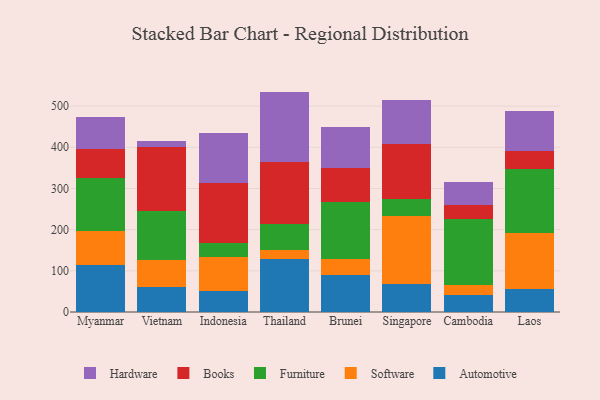
{"axis": {"x": "Country", "y": "Energy Usage (MWh)"}, "legend": ["Automotive", "Books", "Furniture", "Hardware", "Software"], "data": [{"x": "Myanmar", "y": 113.6, "type": "Automotive"}, {"x": "Myanmar", "y": 83.9, "type": "Software"}, {"x": "Myanmar", "y": 128.6, "type": "Furniture"}, {"x": "Myanmar", "y": 68.7, "type": "Books"}, {"x": "Myanmar", "y": 78.0, "type": "Hardware"}, {"x": "Vietnam", "y": 60.3, "type": "Automotive"}, {"x": "Vietnam", "y": 64.8, "type": "Software"}, {"x": "Vietnam", "y": 120.2, "type": "Furniture"}, {"x": "Vietnam", "y": 155.3, "type": "Books"}, {"x": "Vietnam", "y": 13.7, "type": "Hardware"}, {"x": "Indonesia", "y": 51.6, "type": "Automotive"}, {"x": "Indonesia", "y": 83.1, "type": "Software"}, {"x": "Indonesia", "y": 33.7, "type": "Furniture"}, {"x": "Indonesia", "y": 144.1, "type": "Books"}, {"x": "Indonesia", "y": 121.5, "type": "Hardware"}, {"x": "Thailand", "y": 129.0, "type": "Automotive"}, {"x": "Thailand", "y": 22.6, "type": "Software"}, {"x": "Thailand", "y": 61.1, "type": "Furniture"}, {"x": "Thailand", "y": 150.8, "type": "Books"}, {"x": "Thailand", "y": 171.7, "type": "Hardware"}, {"x": "Brunei", "y": 88.8, "type": "Automotive"}, {"x": "Brunei", "y": 40.5, "type": "Software"}, {"x": "Brunei", "y": 136.9, "type": "Furniture"}, {"x": "Brunei", "y": 84.3, "type": "Books"}, {"x": "Brunei", "y": 98.3, "type": "Hardware"}, {"x": "Singapore", "y": 68.7, "type": "Automotive"}, {"x": "Singapore", "y": 164.0, "type": "Software"}, {"x": "Singapore", "y": 41.4, "type": "Furniture"}, {"x": "Singapore", "y": 133.2, "type": "Books"}, {"x": "Singapore", "y": 106.4, "type": "Hardware"}, {"x": "Cambodia", "y": 41.3, "type": "Automotive"}, {"x": "Cambodia", "y": 24.3, "type": "Software"}, {"x": "Cambodia", "y": 159.5, "type": "Furniture"}, {"x": "Cambodia", "y": 34.8, "type": "Books"}, {"x": "Cambodia", "y": 55.7, "type": "Hardware"}, {"x": "Laos", "y": 56.6, "type": "Automotive"}, {"x": "Laos", "y": 134.4, "type": "Software"}, {"x": "Laos", "y": 157.3, "type": "Furniture"}, {"x": "Laos", "y": 41.7, "type": "Books"}, {"x": "Laos", "y": 99.1, "type": "Hardware"}]}